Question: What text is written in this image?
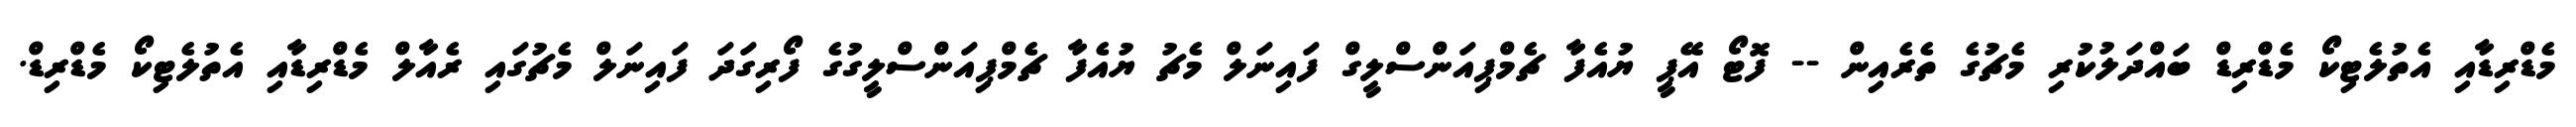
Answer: މެޑްރިޑާއި އެތުލެޓިކޯ މެޑްރިޑް ބައްދަލުކުރި މެޗުގެ ތެރެއިން -- ފޮޓޯ އޭޕީ ޔުއެފާ ޗެމްޕިއަންސްލީގް ފައިނަލް މެޗު ޔުއެފާ ޗެމްޕިއަންސްލީގުގެ ފޯރިގަދަ ފައިނަލް މެޗުގައި ރެއާލް މެޑްރިޑާއި އެތުލެޓިކޯ މެޑްރިޑް.